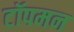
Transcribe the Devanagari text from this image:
टॉपमन